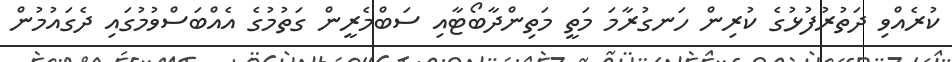
ކުރެއްވި ދަތުރުފުޅުގެ ކުރިން ހަނގުރާމަ މަތީ މަތިންދާބޯޓާއި ސަބްމެރީން ގަތުމުގެ އެއްބަސްވުމުގައި ދެގައުމުން